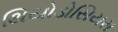
થિયોડોસિયસ